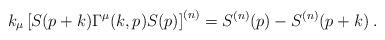
LaTeX: \begin{align*}k_{\mu}\left[S(p+k)\Gamma^{\mu}(k,p)S(p)\right]^{(n)}=S^{(n)}(p)-S^{(n)}(p+k)\; . \end{align*}